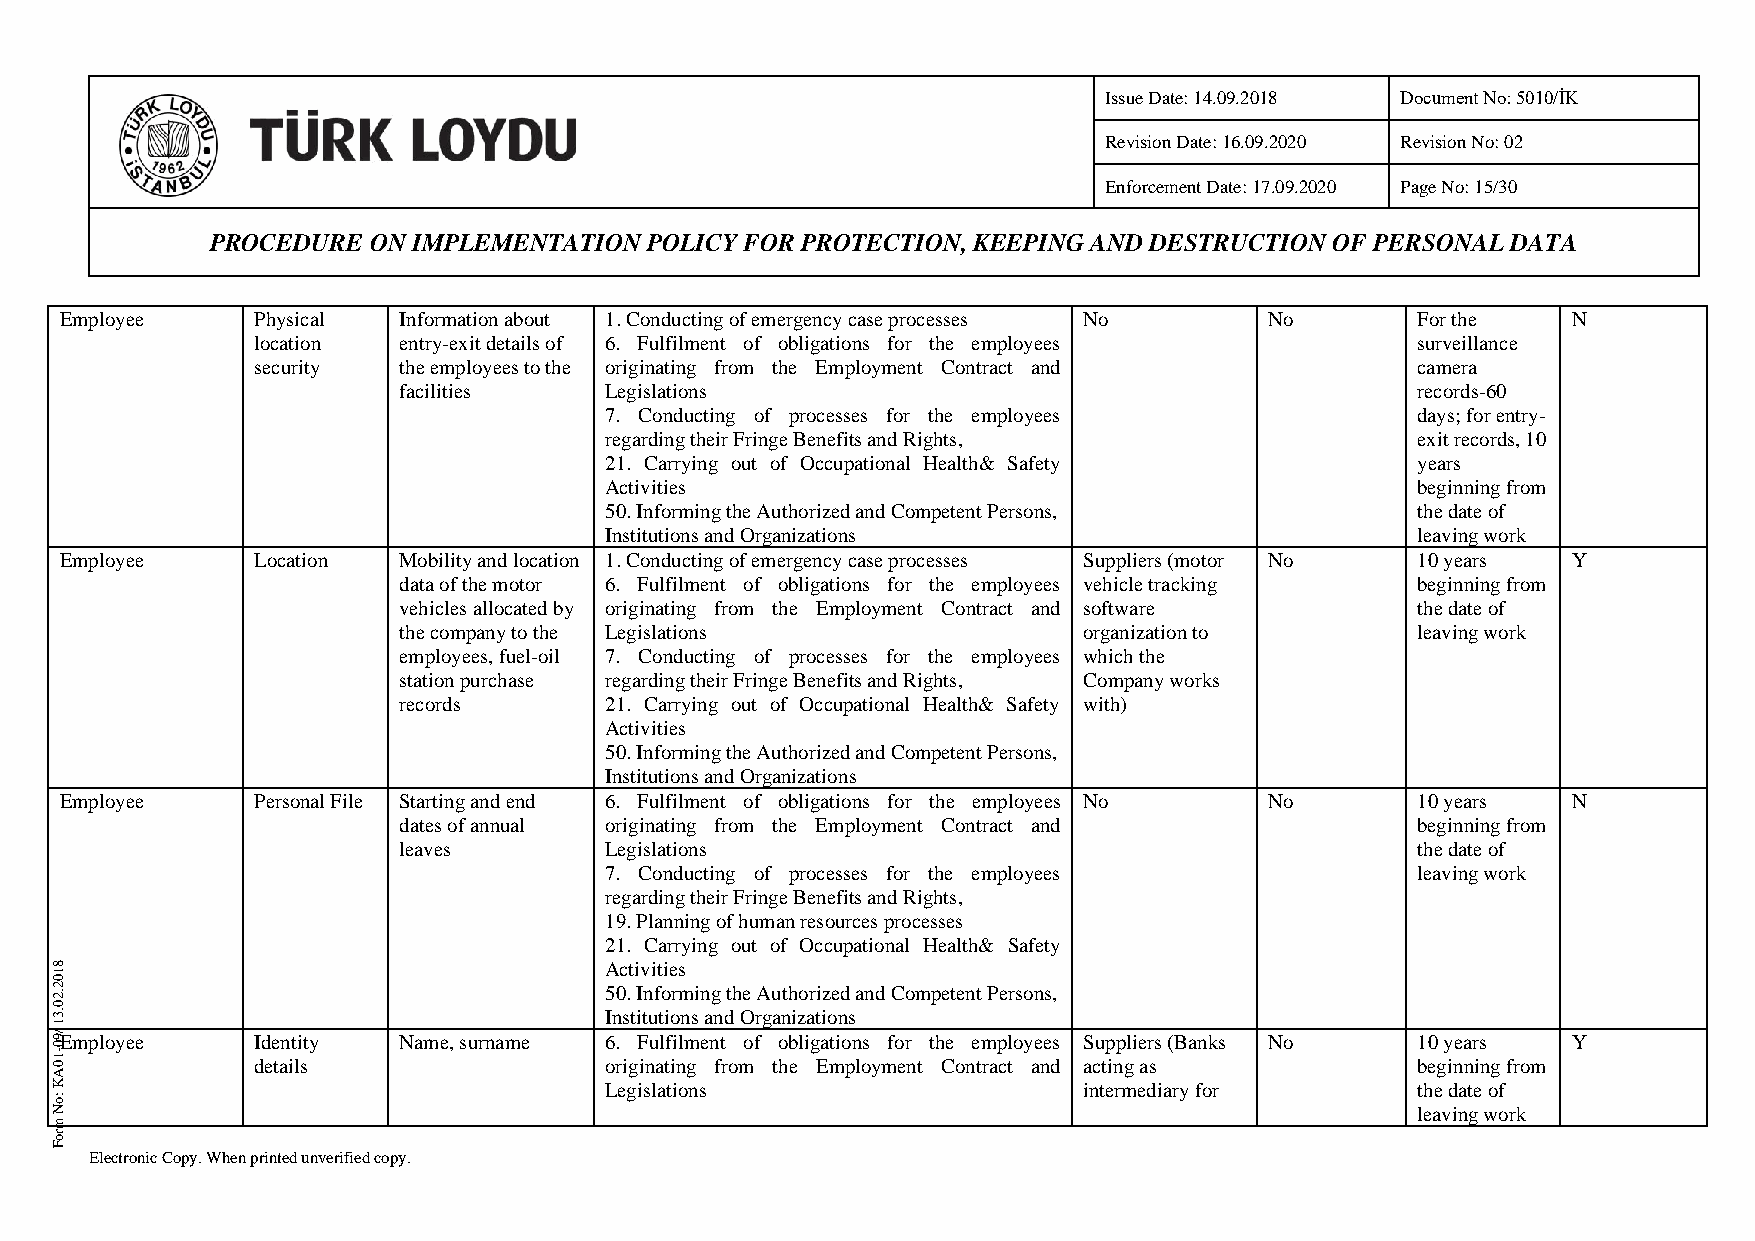
Issue Date: 14.09.2018 Document No: 5010/İK
 Revision Date: 16.09.2020 Revision No: 02
 Enforcement Date: 17.09.2020 Page No: 15/30
 PROCEDURE ON IMPLEMENTATION  POLICY FOR PROTECTION, KEEPING AND DESTRUCTION OF PERSONAL DATA
 Employee     Physical Information about 1. Conducting of emergency case processes No No   For the   N
 location entry-exit details of 6. Fulfilment of obligations for the employees surveillance
 security the employees to the originating from the Employment Contract and   camera
 facilities    Legislations                                          records-60
 7. Conducting of processes for the employees          days; for entry-
 regarding their Fringe Benefits and Rights,           exit records, 10
 21. Carrying out of Occupational Health& Safety       years
 Activities                                            beginning from
 50. Informing the Authorized and Competent Persons,   the date of
 Institutions and Organizations                        leaving work
 Employee     Location Mobility and location 1. Conducting of emergency case processes Suppliers (motor No 10 years Y
 data of the motor 6. Fulfilment of obligations for the employees vehicle tracking beginning from
 vehicles allocated by originating from the Employment Contract and software the date of
 the company to the Legislations               organization to       leaving work
 employees, fuel-oil 7. Conducting of processes for the employees which the
 station purchase regarding their Fringe Benefits and Rights, Company works
 records       21. Carrying out of Occupational Health& Safety with)
 Activities
 50. Informing the Authorized and Competent Persons,
 Institutions and Organizations
 Employee     Personal File Starting and end 6. Fulfilment of obligations for the employees No No 10 years N
 dates of annual originating from the Employment Contract and        beginning from
 leaves        Legislations                                          the date of
 7. Conducting of processes for the employees          leaving work
 regarding their Fringe Benefits and Rights,
 19. Planning of human resources processes
 21. Carrying out of Occupational Health& Safety
 8                                    Activities
 1
 0
 2 .2                                 50. Informing the Authorized and Competent Persons,
 0
 .3                                   Institutions and Organizations
 1
 /9Employee    Identity Name, surname 6. Fulfilment of obligations for the employees Suppliers (Banks No 10 years Y
 0
 1 0-          details                originating from the Employment Contract and acting as beginning from
 A
 K                                    Legislations                    intermediary for      the date of
 :o
 N                                                                                          leaving work
 m
 ro
 F
 Electronic Copy. When printed unverified copy.